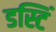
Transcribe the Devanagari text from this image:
डस्टिं